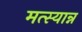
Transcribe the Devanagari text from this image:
मत्स्यान्न